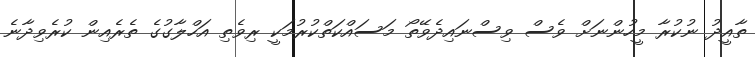
ތާއީދު ނުކުރާ މީހުންނަށް ވެސް ވިސްނައިދެވޭތޯ މަސައްކަތްކުރުމަކީ ރިވެތި އަހްލާގުގެ ތެރެއިން ކުރެވިދާނެ